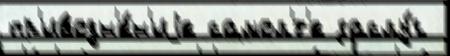
пр'иводн'е́н'иjе самол'́т'е заслу́г